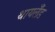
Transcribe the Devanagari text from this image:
थायलँड